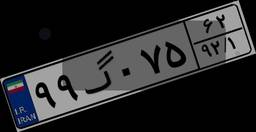
۷۷گ۹۵۱۵۵